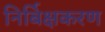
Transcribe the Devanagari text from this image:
निर्बिक्षकरण